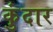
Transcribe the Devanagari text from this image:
कुंदार